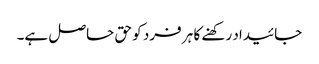
جائیداد رکھنے کا ہر فرد کو حق حاصل ہے۔